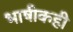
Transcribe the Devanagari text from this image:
भाषीकही